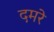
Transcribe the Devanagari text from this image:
दमरे